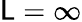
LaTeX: \mathsf{L}=\infty